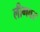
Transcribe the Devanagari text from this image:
लीगवर